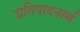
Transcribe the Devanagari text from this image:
प्रतिपादनार्थ